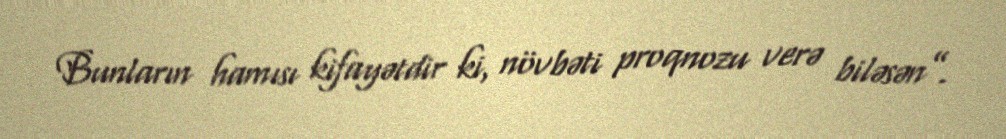
Bunların hamısı kifayətdir ki, növbəti proqnozu verə biləsən”.